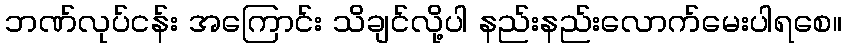
ဘဏ်လုပ်ငန်း အကြောင်း သိချင်လို့ပါ နည်းနည်းလောက်မေးပါရစေ။